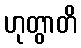
ဟုတွာတိ